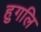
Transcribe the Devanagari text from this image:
हुगलि